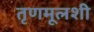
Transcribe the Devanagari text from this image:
तृणमूलशी